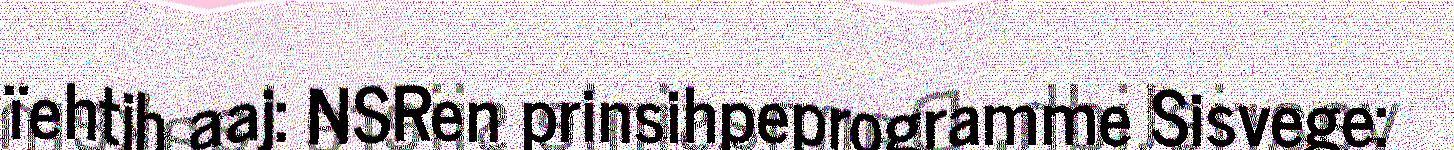
ïehtjh aaj: NSRen prinsihpeprogramme Sisvege: